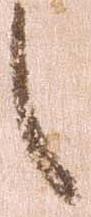
之